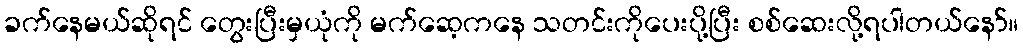
ခက်နေမယ်ဆိုရင် တွေးပြီးမှယုံကို မက်ဆေ့ကနေ သတင်းကိုပေးပို့ပြီး စစ်ဆေးလို့ရပါတယ်နော်။